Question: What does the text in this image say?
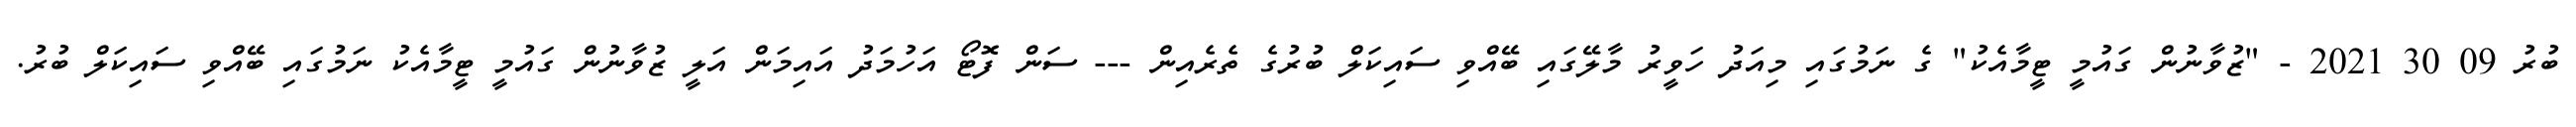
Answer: ބުރު 09 30 2021 - "ޒުވާނުން ގައުމީ ޓީމާއެކު" ގެ ނަމުގައި މިއަދު ހަވީރު މާލޭގައި ބޭއްވި ސައިކަލް ބުރުގެ ތެރެއިން --- ސަން ފޮޓޯ އަހުމަދު އައިމަން އަލީ ޒުވާނުން ގައުމީ ޓީމާއެކު ނަމުގައި ބޭއްވި ސައިކަލް ބުރު.